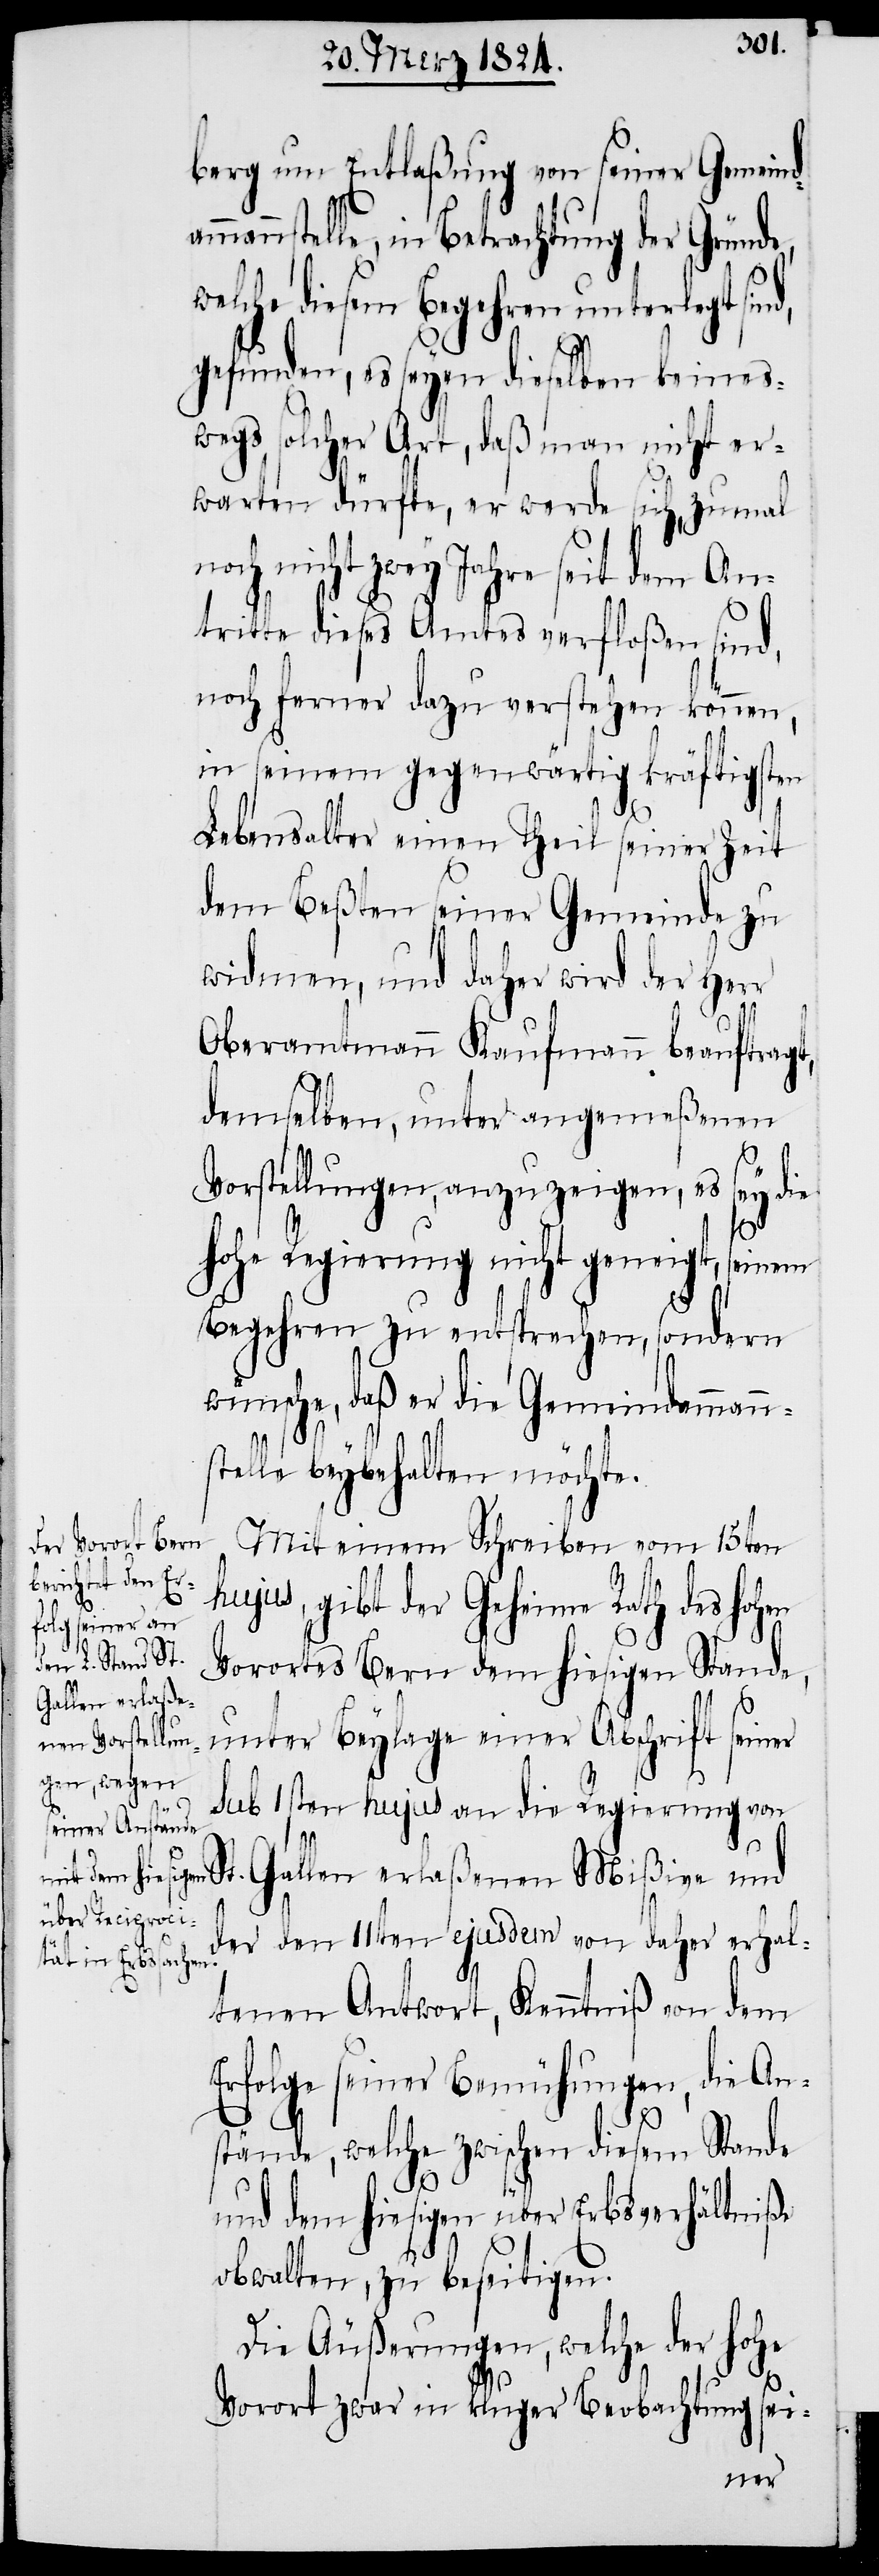
berg um Entlaßung von seiner Gemeind¬
mannstelle, in Betrachtung der Gründe,
welche diesem Begehren unterlegt sin¬
gefunden, es seyen dieselben keines¬
wegs solcher Art, daß man nicht er¬
warten dürfte, er werde sich, zumal
noch nicht zwey Jahre seit dem An¬
tritte dieses Amtes verfloßen sind,
noch ferner dazu verstehen können,
in seinem gegenwärtig kräftigsten
Lebensalter einen Theil seiner Zeit
dem Beßten seiner Gemeinde zu
widmen, und daher wird der Herr
Oberamtmann Kaufmann beauftragt,
demselben, unter angemeßenen
Vorstellungen, anzuzeigen, es
ohe
hohe Regierung nicht geneigt, seinem
Begehren zu entsprechen, sondern
wünsche, daß er die Gemeindammann¬
stelle beybehalten möchte.
Mit einem Schreiben vom 15ten
hujus, gibt der Geheime Rath des hohen
Vorortes Bern dem hiesigen Stande,
unter Beylage einer Abschrift seiner
sub 1sten hujus an die Regierung von
St. Gallen erlaßenen Mißive und
der den 11ten ejusdem von daher erhal¬
tenen Antwort, Kenntniß von dem
Erfolge seiner Bemühungen, die An¬
d,
stände, welche zwischen diesem Stande
und dem hiesigen über Erbsverhältniße
obwalten, zu beseitigen.
Die Äußerungen, welche der h¬
Vorort zwar in kluger Beobachtung sei-